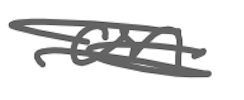
Text: on
Cross-out: scratch
Writing tool: digital_gray